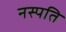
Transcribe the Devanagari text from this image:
नस्पति